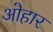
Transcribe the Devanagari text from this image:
ओहार